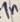
Text: 1n